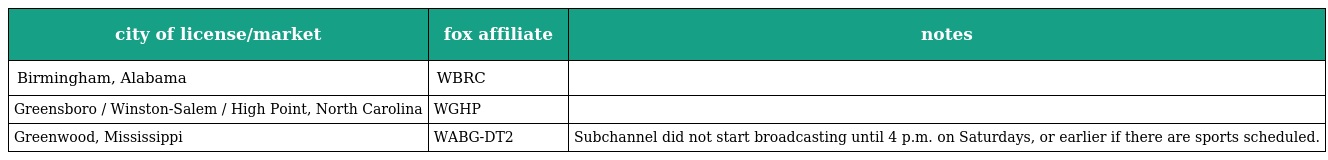
| city of license/market | fox affiliate | notes |
 | --- | --- | --- |
 | Birmingham, Alabama | WBRC |  |
 | Greensboro / Winston-Salem / High Point, North Carolina | WGHP |  |
 | Greenwood, Mississippi | WABG-DT2 | Subchannel did not start broadcasting until 4 p.m. on Saturdays, or earlier if there are sports scheduled. |